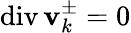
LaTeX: \operatorname{div}\mathbf{v}_{k}^{\pm}=0